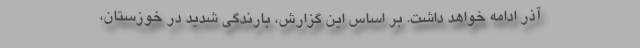
آذر ادامه خواهد داشت. بر اساس این گزارش، بارندگی شدید در خوزستان،